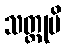
သတ္ထုပိ